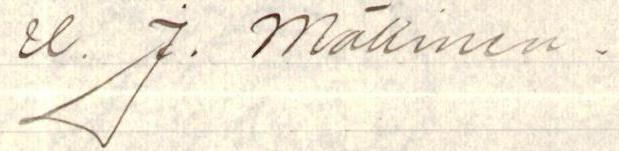
U. J. Mäkinen.